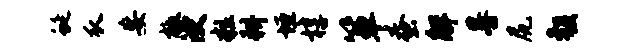
蜒瓜妄檄浸粒耕垣椁箪蚕解晷尻彀